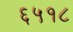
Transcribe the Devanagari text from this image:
६५१८